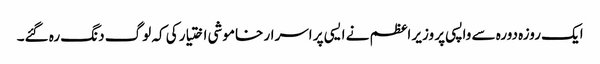
ایک روزہ دورہ سے واپسی پر وزیر اعظم نے ایسی پر اسرار خاموشی اختیار کی کہ لوگ دنگ رہ گئے۔